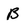
Character: B